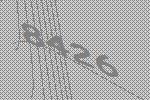
8426